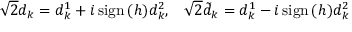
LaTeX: \sqrt { 2 } d _ { k } = d _ { k } ^ { 1 } + i \, \mathrm { s i g n } \, ( h ) d _ { k } ^ { 2 } , \; \; \; \sqrt { 2 } \tilde { d } _ { k } = d _ { k } ^ { 1 } - i \, \mathrm { s i g n } \, ( h ) d _ { k } ^ { 2 }